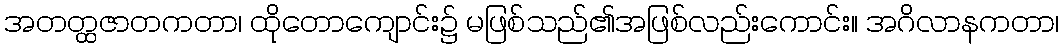
အတတ္ထဇာတကတာ၊ ထိုတောကျောင်း၌ မဖြစ်သည်၏အဖြစ်လည်းကောင်း။ အဂိလာနကတာ၊